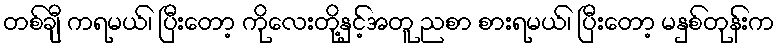
တစ်ချီ ကရမယ်၊ ပြီးတော့ ကိုလေးတို့နှင့်အတူ ညစာ စားရမယ်၊ ပြီးတော့ မနှစ်တုန်းက